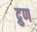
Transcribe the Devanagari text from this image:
द्रुण